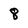
Character: 8